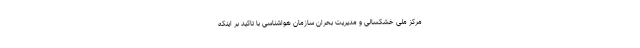
مرکز ملی خشکسالی و مدیریت بحران سازمان هواشناسی با تاکید بر اینکه